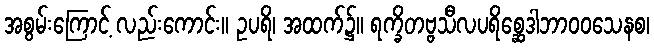
အစွမ်းကြောင့် လည်းကောင်း။ ဥပရိ၊ အထက်၌။ ရက္ခိတဗ္ဗသီလပရိစ္ဆေဒါဘာဝဝသေနစ၊